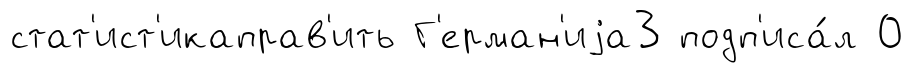
стат'ист'икаправ'ить Г'ерман'иjа3 подп'иса́л 0